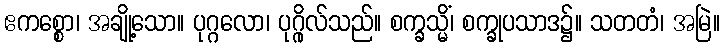
ဧကစ္စော၊ အချို့သော။ ပုဂ္ဂလော၊ ပုဂ္ဂိုလ်သည်။ စက္ခသ္မိံ၊ စက္ခုပသာဒ၌။ သတတံ၊ အမြဲ။